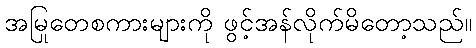
အမြုတေစကားများကို ဖွင့်အန်လိုက်မိတော့သည်။